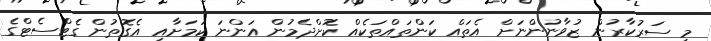
މި ސަރުކާރުން ޒުވާނުންނަށް އެތައް ކަންތައްތަކެއް ކޮށްދެމުން އަންނަ ކަމަށާއި އެގޮތުން ގެޓްސެޓްގެ